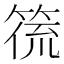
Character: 𮅛